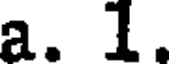
a. 1.